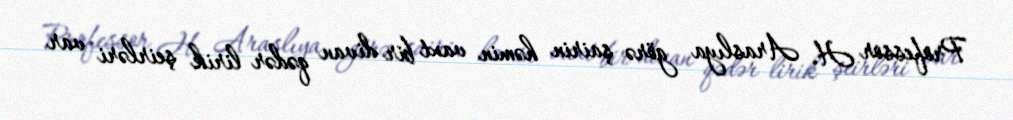
Professor H. Araslıya görə şairin həmin vaxt bir divan qədər lirik şeirləri var